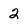
Character: 2